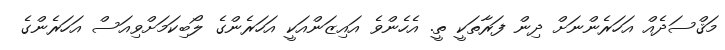
މަޤްސަދެއް އަހަރެންނަށް ދިން ފަރާތަކީ ތީ. އެހެންވެ އައިޒަންއަކީ އަހަރެންގެ ލޯބިކަމަށްވިއަސް އަހަރެންގެ